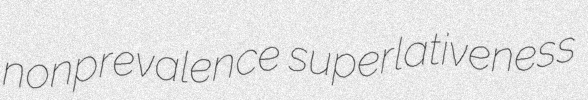
nonprevalence superlativeness